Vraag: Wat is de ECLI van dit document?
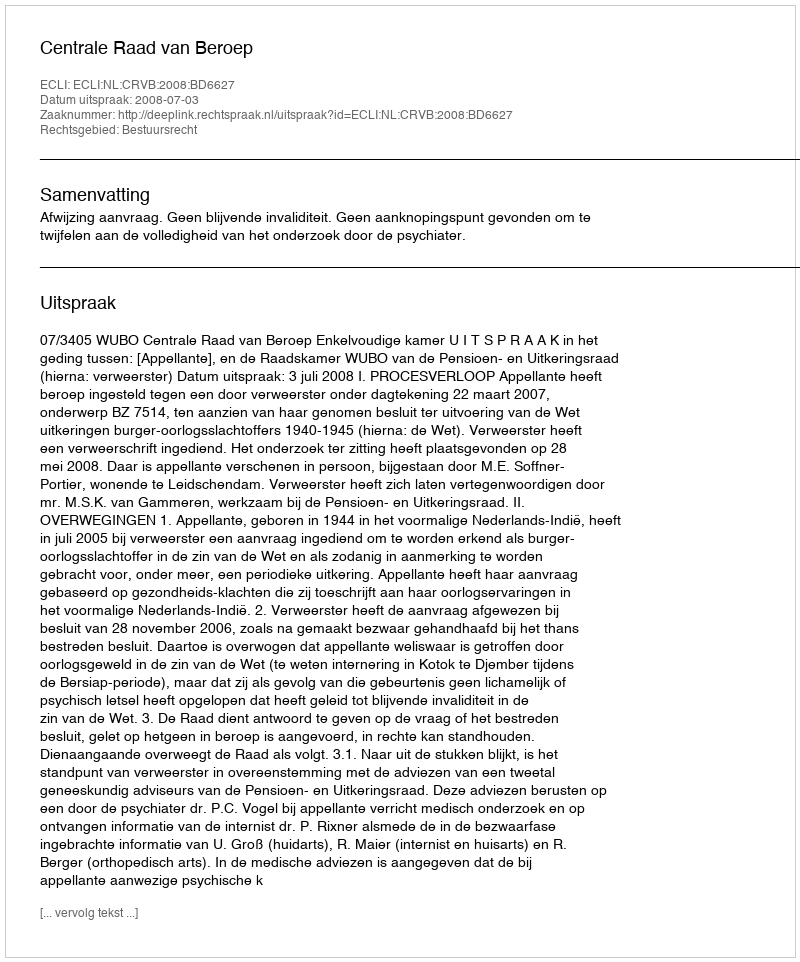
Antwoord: ECLI:NL:CRVB:2008:BD6627